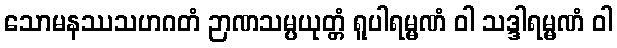
သောမနဿသဟဂတံ ဉာဏသမ္ပယုတ္တံ ရူပါရမ္မဏံ ဝါ သဒ္ဒါရမ္မဏံ ဝါ